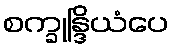
စက္ခုန္ဒြိယံပေ